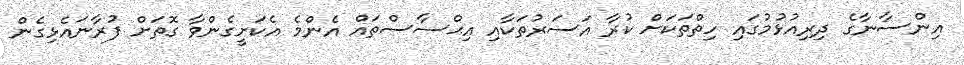
އިންސާނާގެ ދިރިއުޅުމުގައި ހިތްތަކަށް ކުރާ އަސަރުތަކާއި އިޙްސާސްތައް އެންމެ އެކަށީގެންވާ ގޮތަށް ފުރާނައެޅިގެން